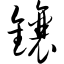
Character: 镶